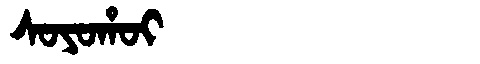
Manchu: ᠰᠣᠶᠣᡥᠣᡳ
Romanization: SOYOHOI